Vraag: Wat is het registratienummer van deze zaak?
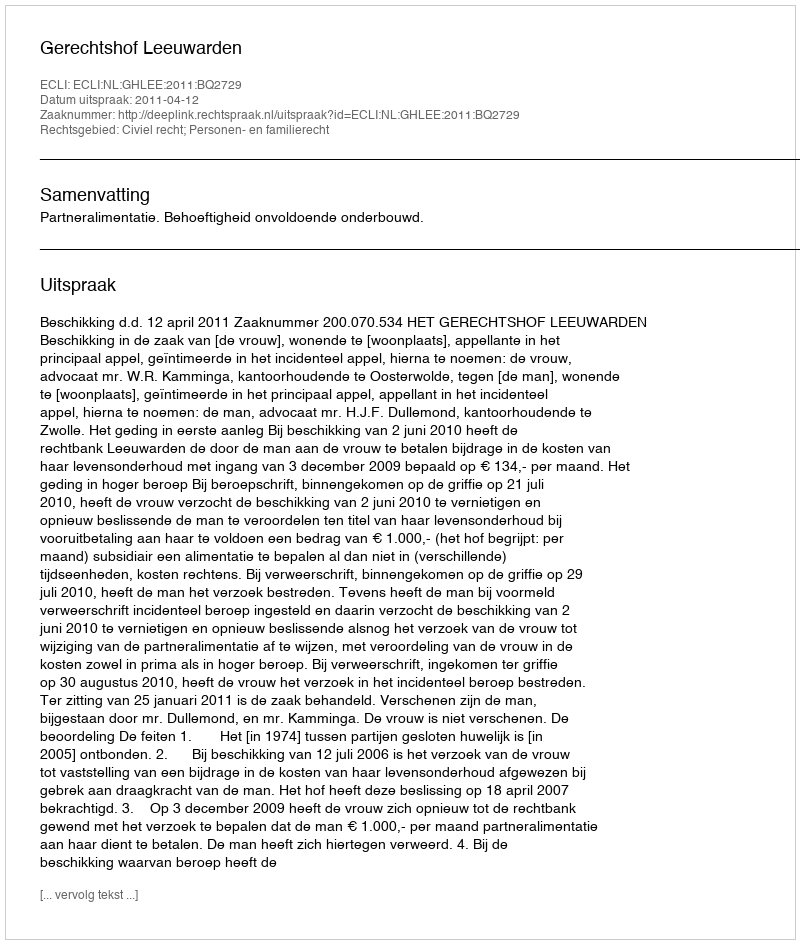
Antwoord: http://deeplink.rechtspraak.nl/uitspraak?id=ECLI:NL:GHLEE:2011:BQ2729